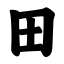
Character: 田